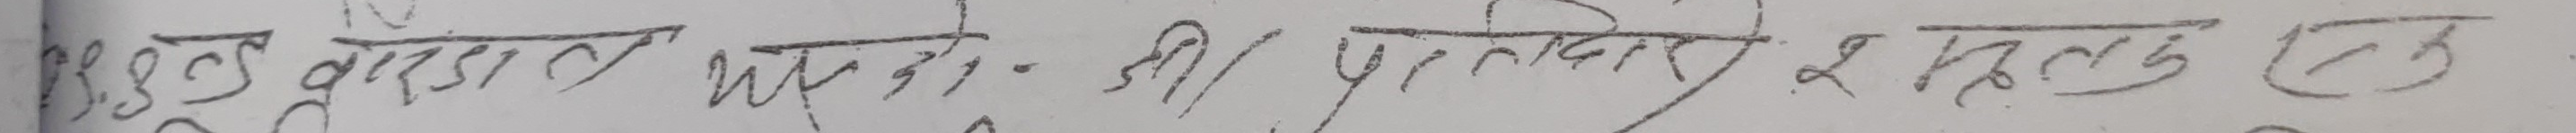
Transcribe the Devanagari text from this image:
3.8.3. वज्रगुञ्जन मिक्लते - श्री प्रकास र हृतलङ्ग छ